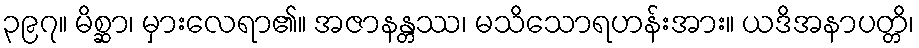
၃၉၇။ မိစ္ဆာ၊ မှားလေရာ၏။ အဇာနန္တဿ၊ မသိသောရဟန်းအား။ ယဒိအနာပတ္တိ၊